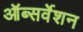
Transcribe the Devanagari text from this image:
ऑब्सर्वेशन